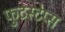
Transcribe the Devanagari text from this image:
फुटस्टेप्स